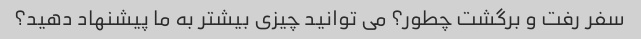
سفر رفت و برگشت چطور؟ می توانید چیزی بیشتر به ما پیشنهاد دهید؟